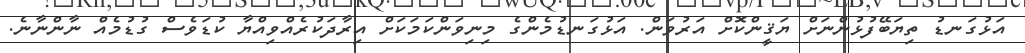
އަޅުގަނޑު ތިޔަބޭފުޅުންނަށް ޔަޤީންކޮށް އަރުވަން. އަޅުގަނޑުމެންގެ މިނިވަންކަމަކަށް އިރާދަކުރެއްވިއްޔާ ކުޑަވެސް ގުޑުމެއް ނާންނާނެ.